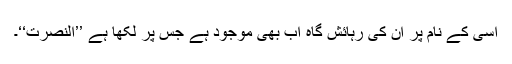
اسی کے نام پر ان کی رہائش گاہ اب بھی موجود ہے جس پر لکھا ہے ’’النصرت‘‘۔